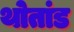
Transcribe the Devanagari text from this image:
थोतांड